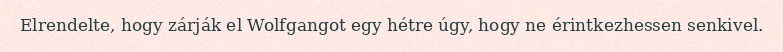
Elrendelte, hogy zárják el Wolfgangot egy hétre úgy, hogy ne érintkezhessen senkivel.